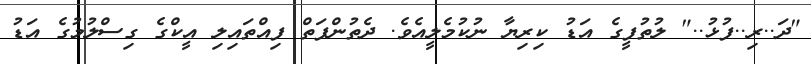
"ދަ..ރި..ފުޅު.." ލުތުފީގެ އަޑު ކިރިޔާ ނުކުމެލީއެވެ. ދެތުންފަތް ފިއްތައިލި އީކްގެ ގިސްލުމުގެ އަޑު